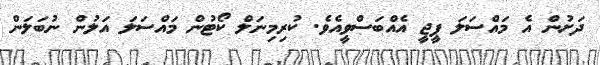
ދަށުން އެ މައްސަލަ ޕީޖީ އެއްބަސްވީއެވެ. ކުރިމިނަލް ކޯޓުން މައްސަލަ އަލުން ނުބަލަން